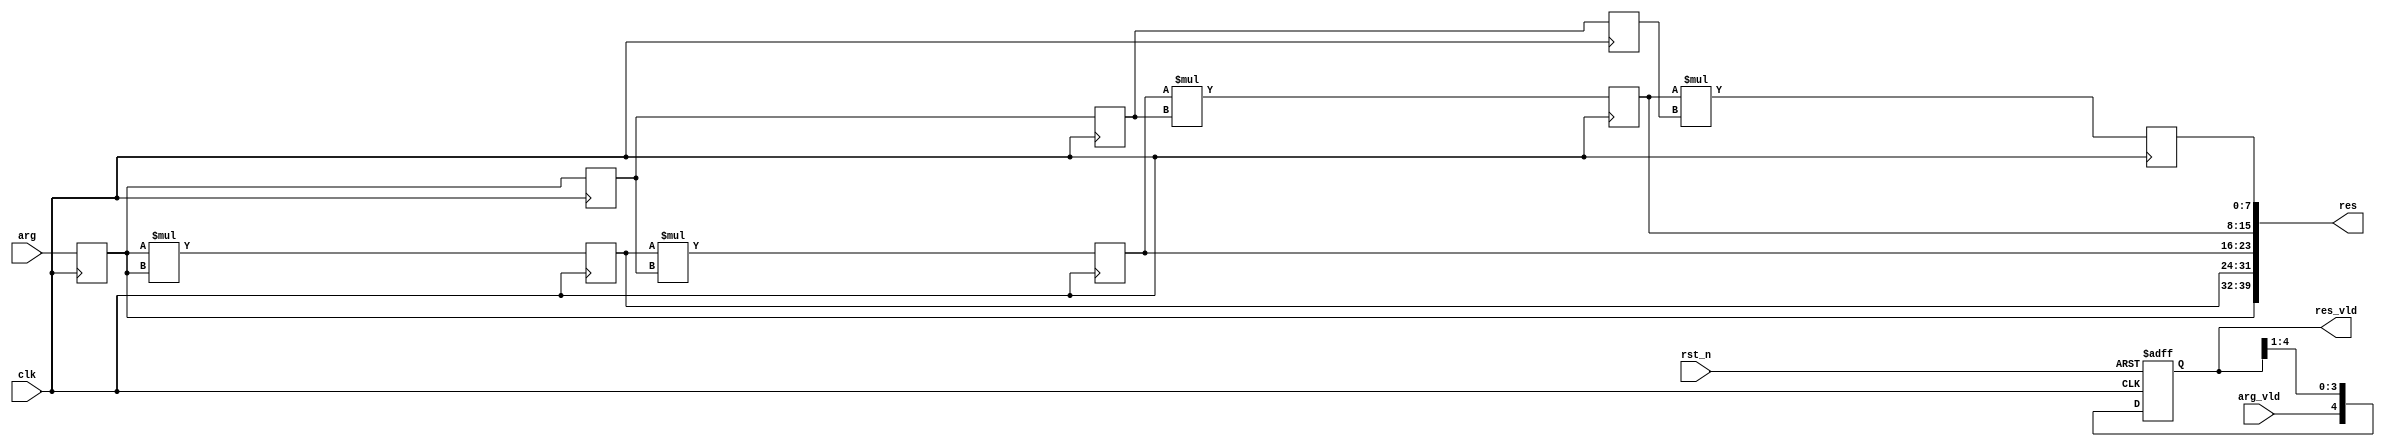
// This program was cloned from: https://github.com/RomeoMe5/DDLM
// License: MIT License

module pow_n_pipe_always
# (
    parameter w = 8, n = 5
)
(
    input                      clk,
    input                      rst_n,
    input                      arg_vld,
    input      [     w - 1:0 ] arg,
    output reg [ n     - 1:0 ] res_vld,
    output reg [ n * w - 1:0 ] res
);

    reg [ w - 1 : 0 ] arg_reg [ 1 : n - 1 ];
    reg [ w - 1 : 0 ] pow     [ 2 : n     ];
    reg [     1 : n ] arg_vld_reg;

    integer i;

    always @ (posedge clk or negedge rst_n)

        if (! rst_n)
        begin
            for (i = 1; i <= n; i = i + 1)
                arg_vld_reg [i] <= 1'b0;
        end
        else
        begin
            arg_vld_reg [1] <= arg_vld;

            for (i = 1; i <= n - 1; i = i + 1)
                arg_vld_reg [i + 1] <= arg_vld_reg [i];
        end

    always @ (posedge clk)
    begin
        arg_reg [1] <= arg;

        for (i = 1; i <= n - 2; i = i + 1)
            arg_reg [i + 1] <= arg_reg [i];

        pow [2] <= arg_reg [1] * arg_reg [1];

        for (i = 2; i <= n - 1; i = i + 1)
            pow [i + 1] <= pow [i] * arg_reg [i];
    end

    always @*
    begin
        for (i = 1; i <= n; i = i + 1)
            res_vld [n - i] = arg_vld_reg [i];

        res [(n - 1) * w +: w] = arg_reg [1];

        for (i = 2; i <= n; i = i + 1)
            res [(n - i) * w +: w] = pow [i];
    end

endmodule